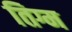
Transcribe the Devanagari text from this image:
तिग्म